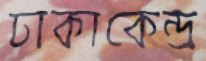
ঢাকাকেন্দ্র